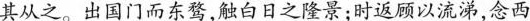
其从之。出国门而东骛，触白日之隆景；时返顾以流涕，念西